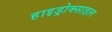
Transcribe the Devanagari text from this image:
हाइड्रोक्साइल